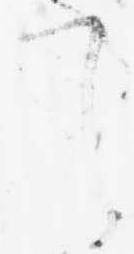
て